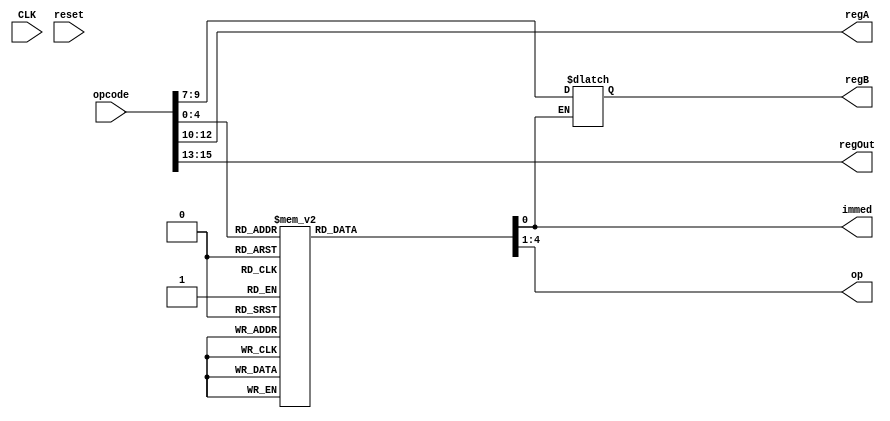
module parser(CLK, reset, opcode, immed, op, regA, regB, regOut);

    /////////////////////////////////////////////////////////////////////////////////
    // module I/O
    /////////////////////////////////////////////////////////////////////////////////

    input wire CLK;             // clock for ALU
    input wire reset;           // reset, active-high
    input wire[15:0] opcode;     // OPCODE in IR
    output reg immed;           // 1 if we need to take immed value, 0 othersie
    output reg[3:0] op;         // op parameter for ALU
    output reg[2:0] regA;       // value of rA
    output reg[2:0] regB;       // value of rB
    output reg[2:0] regOut;     // value of rOut

    /////////////////////////////////////////////////////////////////////////////////
    // Opcodes
    /////////////////////////////////////////////////////////////////////////////////

    parameter OP_ADD = 5'b0000;
    parameter OP_SUB = 5'b0001;
    parameter OP_OR = 5'b0010;
    parameter OP_AND = 5'b0011;
    parameter OP_XOR = 5'b0100;
    parameter OP_SL = 5'b0101;
    parameter OP_SR = 5'b0110;
    parameter OP_ADDI = 5'b0111;
    parameter OP_SUBI = 5'b1000;
    parameter OP_ORI = 5'b1001;
    parameter OP_ANDI = 5'b1010;
    parameter OP_XORI = 5'b1011;
    parameter OP_SLI = 5'b1100;
    parameter OP_SRI = 5'b1101;
    parameter OP_GT = 5'b1110;
    parameter OP_LT = 5'b1111;
    parameter OP_EQ = 5'b10000;
    parameter OP_BR = 5'b10001;
    parameter OP_STW = 5'b10010;
    parameter OP_LDW = 5'b10011;

    /////////////////////////////////////////////////////////////////////////////////
    // Operations
    /////////////////////////////////////////////////////////////////////////////////

    // operations go: out = (in_a) op (in_b)
    // parameters to 

    parameter IDLE = 4'd0;
    parameter ADD = 4'd1;
    parameter SUB = 4'd2;
    parameter OR = 4'd3;
    parameter AND = 4'd4;
    parameter XOR = 4'd5;
    parameter SL = 4'd6;
    parameter SR = 4'd7;
    parameter GT = 4'd8;
    parameter LT = 4'd9;
    parameter EQ = 4'd10;

    /////////////////////////////////////////////////////////////////////////////////
    // Parsing Op-Code
    /////////////////////////////////////////////////////////////////////////////////

    always@(*)
    begin
        op = 0;
        immed = 0;
        case(opcode[4:0])
            OP_ADD: begin
                op = ADD;
            end
            OP_SUB: begin
                op = SUB;
            end
            OP_OR: begin
                op = OR;
            end
            OP_AND: begin
                op = AND;
            end
            OP_XOR: begin
                op = XOR;
            end
            OP_SL: begin
                op = SL;
            end
            OP_SR: begin
                op = SR;
            end
            OP_ADDI: begin
                op = ADD;
                immed = 1;
            end
            OP_SUBI: begin
                op = SUB;
                immed = 1;
            end
            OP_ORI: begin
                op = OR;
                immed = 1;
            end
            OP_ANDI: begin
                op = AND;
                immed = 1;
            end
            OP_XORI: begin
                op = XOR;
                immed = 1;
            end
            OP_SLI: begin
                op = SL;
                immed = 1;
            end
            OP_SRI: begin
                op = SR;
                immed = 1;
            end
            OP_BR: begin
                op = IDLE;
            end
            OP_GT: begin
                op = GT;
            end
            OP_LT: begin
                op = LT;
            end
            OP_EQ: begin
                op = EQ;
            end
            OP_STW: begin
                op = IDLE;
            end
            OP_LDW: begin
                op = IDLE;
            end
        endcase
    end

    /////////////////////////////////////////////////////////////////////////////////
    // Parsing Registers
    /////////////////////////////////////////////////////////////////////////////////


    always@(*)
    begin
        if(immed == 0) begin
            regOut = opcode[15:13];
            regA = opcode[12:10];
            regB = opcode[9:7];
        end 
        else begin
            regOut = opcode[15:13];
            regA = opcode[12:10];
        end
    end

endmodule